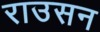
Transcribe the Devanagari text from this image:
राउसन